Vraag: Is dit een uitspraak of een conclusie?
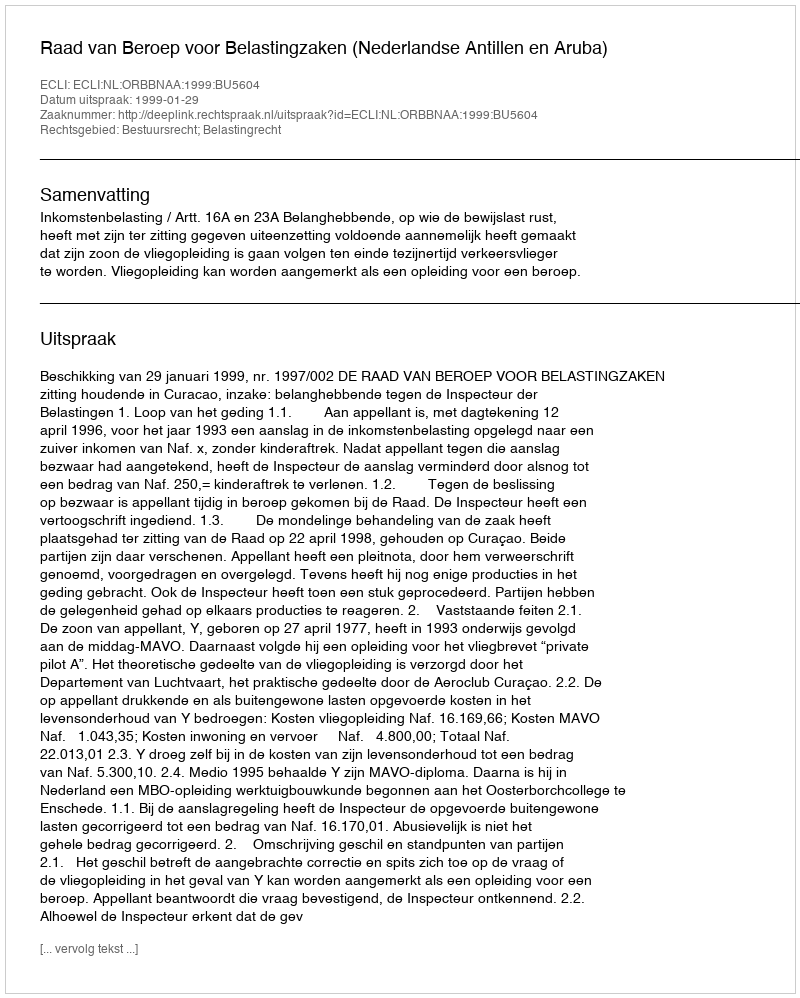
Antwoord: Uitspraak